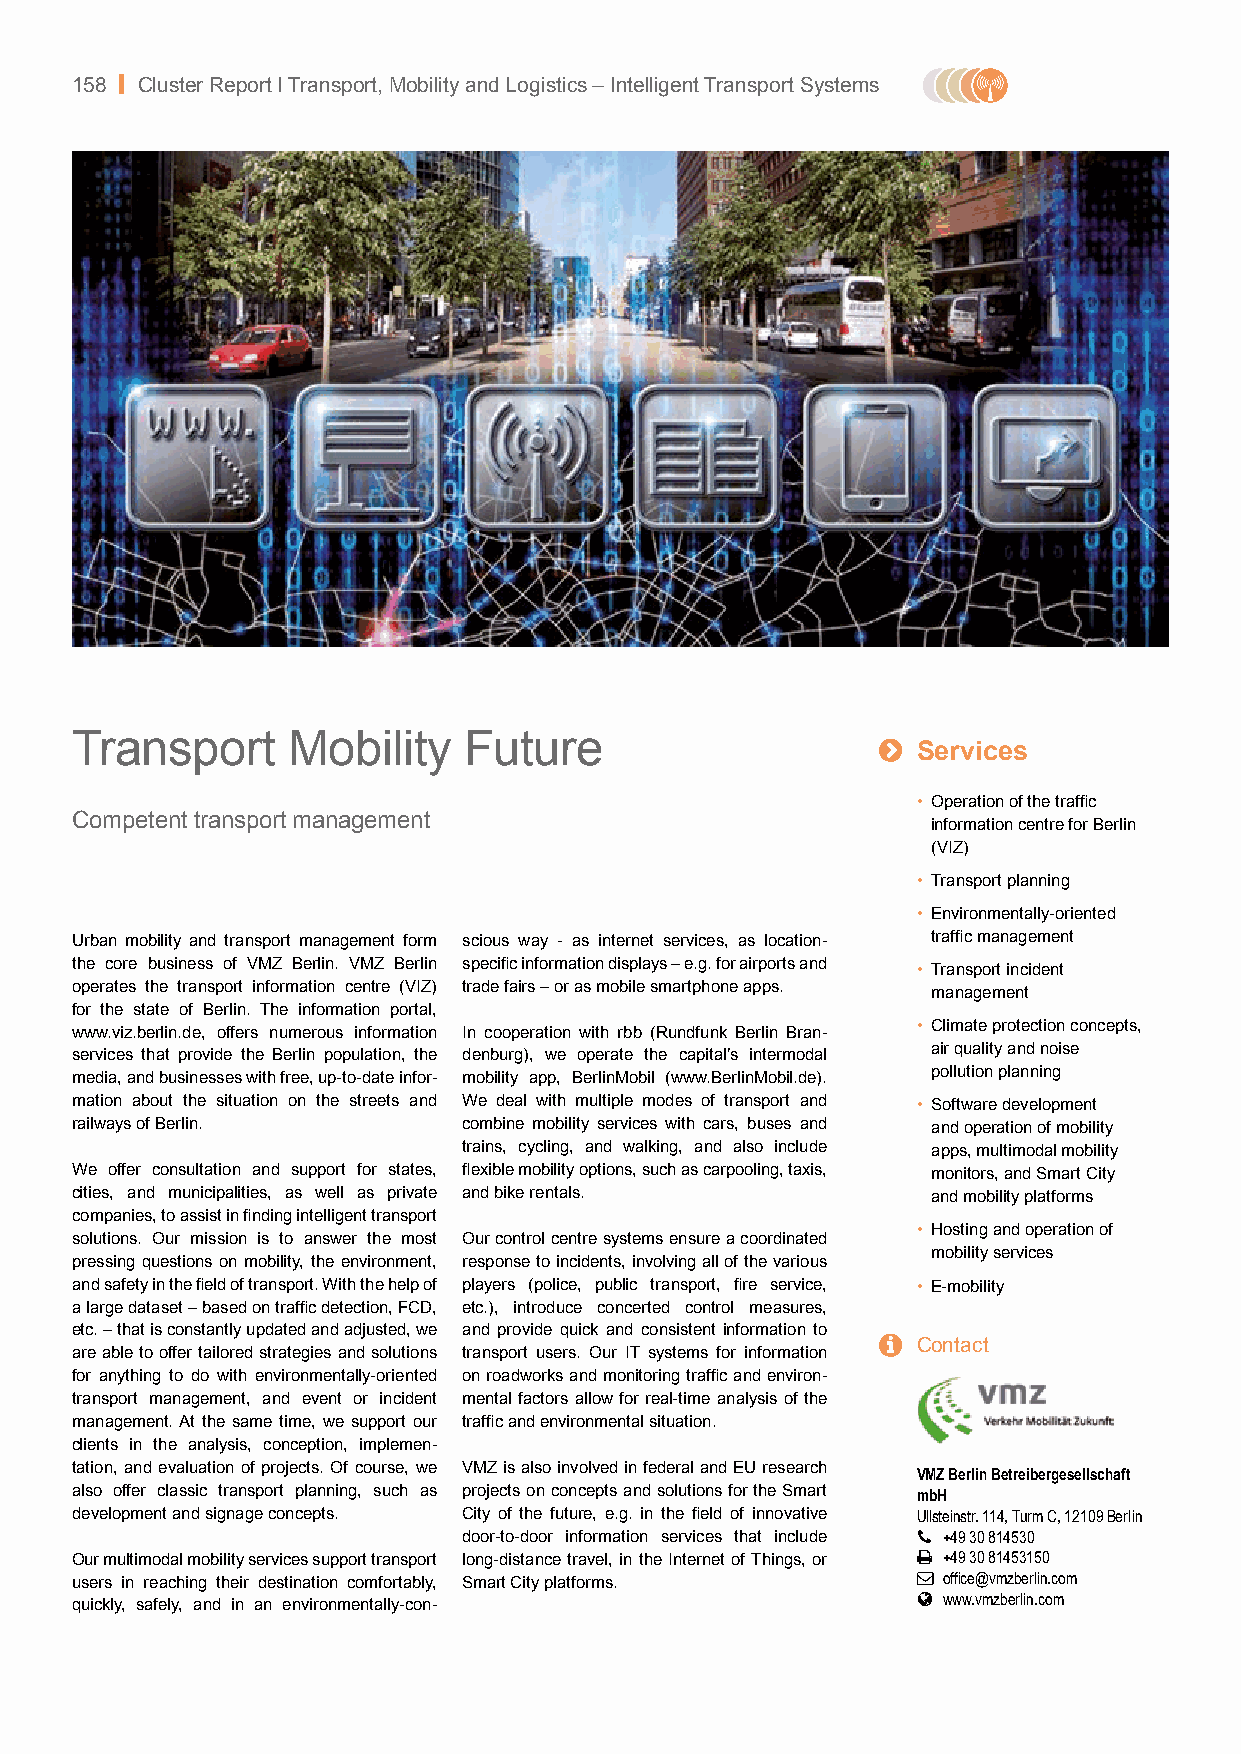
158 | Cluster Report I Transport, Mobility and Logistics – Intelligent Transport Systems
 Transport     Mobility    Future                     
 Services
 • Operation of the traffic
 Competent transport management
 information centre for Berlin
 (VIZ)
 • Transport planning
 • Environmentally-oriented
 Urban mobility and transport management form scious way - as internet services, as location- traffic management
 the core business of VMZ Berlin. VMZ Berlin specific information displays – e.g. for airports and
 • Transport incident
 operates the transport information centre (VIZ) trade fairs – or as mobile smartphone apps.
 management
 for the state of Berlin. The information portal,
 www.viz.berlin.de, offers numerous information In cooperation with rbb (Rundfunk Berlin Bran- • Climate protection concepts,
 services that provide the Berlin population, the denburg), we operate the capital’s intermodal air quality and noise
 media, and businesses with free, up-to-date infor- mobility app, BerlinMobil (www.BerlinMobil.de). pollution planning
 mation about the situation on the streets and We deal with multiple modes of transport and • Software development
 railways of Berlin.       combine mobility services with cars, buses and and operation of mobility
 trains, cycling, and walking, and also include apps, multimodal mobility
 We offer consultation and support for states, flexible mobility options, such as carpooling, taxis, monitors, and Smart City
 cities, and municipalities, as well as private and bike rentals. and mobility platforms
 companies, to assist in finding intelligent transport
 • Hosting and operation of
 solutions. Our mission is to answer the most Our control centre systems ensure a coordinated
 mobility services
 pressing questions on mobility, the environment, response to incidents, involving all of the various
 and safety in the field of transport. With the help of players (police, public transport, fire service, • E-mobility
 a large dataset – based on traffic detection, FCD, etc.), introduce concerted control measures,
 etc. – that is constantly updated and adjusted, we and provide quick and consistent information to
   Contact
 are able to offer tailored strategies and solutions transport users. Our IT systems for information
 for anything to do with environmentally-oriented on roadworks and monitoring traffic and environ-
 transport management, and event or incident mental factors allow for real-time analysis of the
 management. At the same time, we support our traffic and environmental situation.
 clients in the analysis, conception, implemen-
 tation, and evaluation of projects. Of course, we VMZ is also involved in federal and EU research VMZ Berlin Betreibergesellschaft
 also offer classic transport planning, such as projects on concepts and solutions for the Smart mbH
 development and signage concepts. City of the future, e.g. in the field of innovative Ullsteinstr. 114, Turm C, 12109 Berlin
 door-to-door information services that include  +49 30 814530
 Our multimodal mobility services support transport long-distance travel, in the Internet of Things, or  +49 30 81453150
 users in reaching their destination comfortably, Smart City platforms.  office@vmzberlin.com
  www.vmzberlin.com
 quickly, safely, and in an environmentally-con-